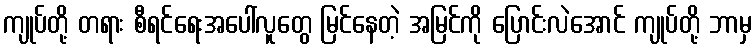
ကျုပ်တို့ တရား စီရင်ရေးအပေါ်လူတွေ မြင်နေတဲ့ အမြင်ကို ပြောင်းလဲအောင် ကျုပ်တို့ ဘာမှ